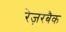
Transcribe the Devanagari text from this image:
रेज़रबैक